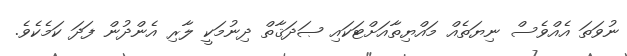
ނުވަތަ އެއްވެސް ނިޔަތެއް މައްޔިތާއަށްޓަކައި ޞަދަޤާތް ދިނުމަކީ ލާރި އެންދުން ފަދަ ކަމެކެވެ.